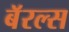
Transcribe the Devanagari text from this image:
बॅरल्स